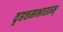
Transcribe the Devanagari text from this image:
वृहत्तमभारतम्